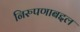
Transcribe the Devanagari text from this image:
निरुपणाबद्दल